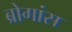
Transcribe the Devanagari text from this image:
ब्रोगांस